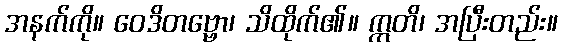
အနက်ကို။ ဝေဒိတဗ္ဗော၊ သိထိုက်၏။ ဣတိ၊ အပြီးတည်း။